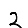
Digit: 2